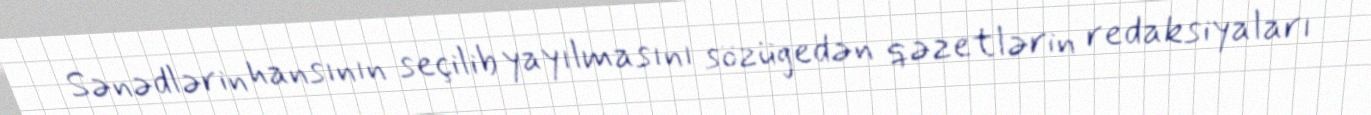
Sənədlərin hansının seçilib yayılmasını sözügedən qəzetlərin redaksiyaları